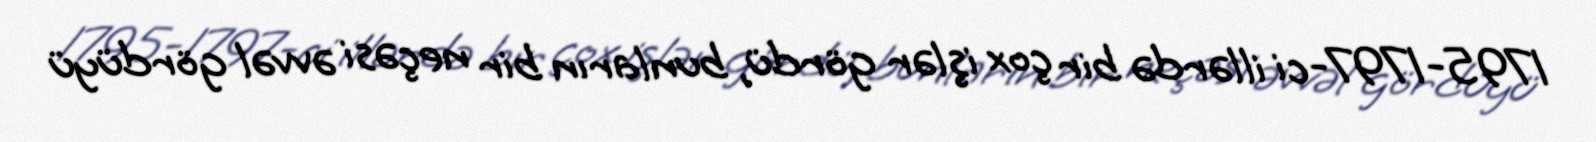
1795-1797-ci illərdə bir çox işlər gördü, bunların bir neçəsi əvvəl gördüyü